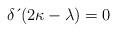
LaTeX: \begin{align*}\delta \,\acute{}\left( 2\kappa-\lambda \right) =0 \end{align*}